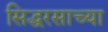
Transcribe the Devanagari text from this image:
सिद्धरसाच्या